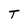
Character: T